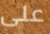
على